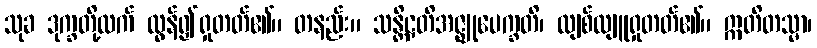
သုခ ဒုက္ခတို့ထက် လွန်၍ရှုတတ်၏။ တနည်း။ သန္တိဋ္ဌတိအဇ္ဈုပေက္ခတိ၊ လျစ်လျူရှုတတ်၏။ ဣတိတသ္မာ၊